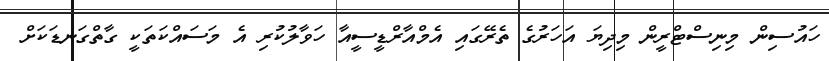
ހައުސިން މިނިސްޓްރީން މިދިޔަ އަހަރުގެ ތެރޭގައި އެމްއާރްޑީސީއާ ހަވާލުކުރި އެ މަސައްކަތަކީ ގާތްގަނޑަކަށް